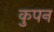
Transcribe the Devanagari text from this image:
कुपन